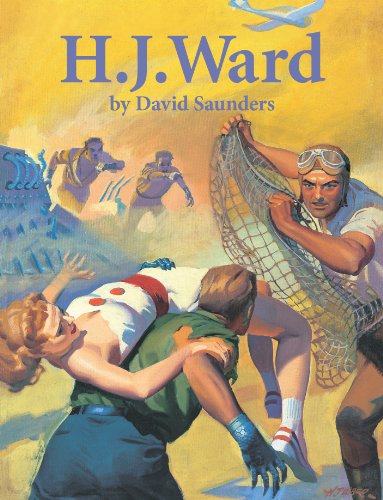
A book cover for H.J. Ward; David Saunders; Crafts, Hobbies & Home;